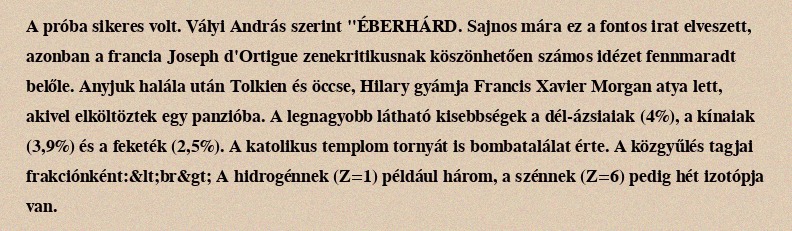
A próba sikeres volt. Vályi András szerint "ÉBERHÁRD. Sajnos mára ez a fontos irat elveszett, azonban a francia Joseph d'Ortigue zenekritikusnak köszönhetően számos idézet fennmaradt belőle. Anyjuk halála után Tolkien és öccse, Hilary gyámja Francis Xavier Morgan atya lett, akivel elköltöztek egy panzióba. A legnagyobb látható kisebbségek a dél-ázsiaiak (4%), a kínaiak (3,9%) és a feketék (2,5%). A katolikus templom tornyát is bombatalálat érte. A közgyűlés tagjai frakciónként:&lt;br&gt; A hidrogénnek (Z=1) például három, a szénnek (Z=6) pedig hét izotópja van.